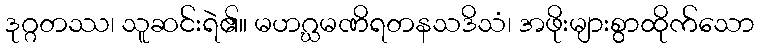
ဒုဂ္ဂတဿ၊ သူဆင်းရဲ၏။ မဟဂ္ဃမဏိရတနသဒိသံ၊ အဖိုးများစွာထိုက်သော